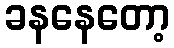
ခနနေတော့